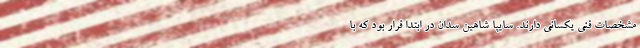
مشخصات فنی یکسانی دارند. سایپا شاهین سدان در ابتدا قرار بود که با